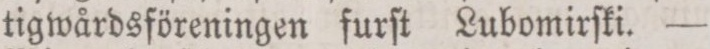
tigwårdsföreningen furſt Lubomirſki. —